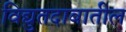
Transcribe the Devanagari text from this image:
विद्युतदाबातील